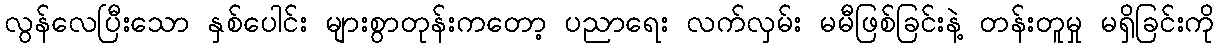
လွန်လေပြီးသော နှစ်ပေါင်း များစွာတုန်းကတော့ ပညာရေး လက်လှမ်း မမီဖြစ်ခြင်းနဲ့ တန်းတူမှု မရှိခြင်းကို